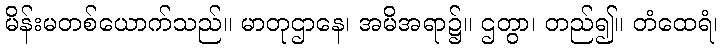
မိန်းမတစ်ယောက်သည်။ မာတုဌာနေ၊ အမိအရာ၌။ ဌတွာ၊ တည်၍။ တံထေရံ၊